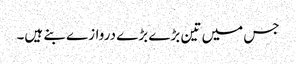
جس میں تین بڑے بڑے دروازے بنے ہیں۔